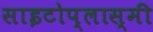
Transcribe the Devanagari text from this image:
साइटोप्लास्मी